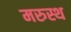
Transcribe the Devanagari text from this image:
मरुस्थ